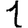
Digit: 1